Jaan_Tonisson_(Lasteleht), lk 81
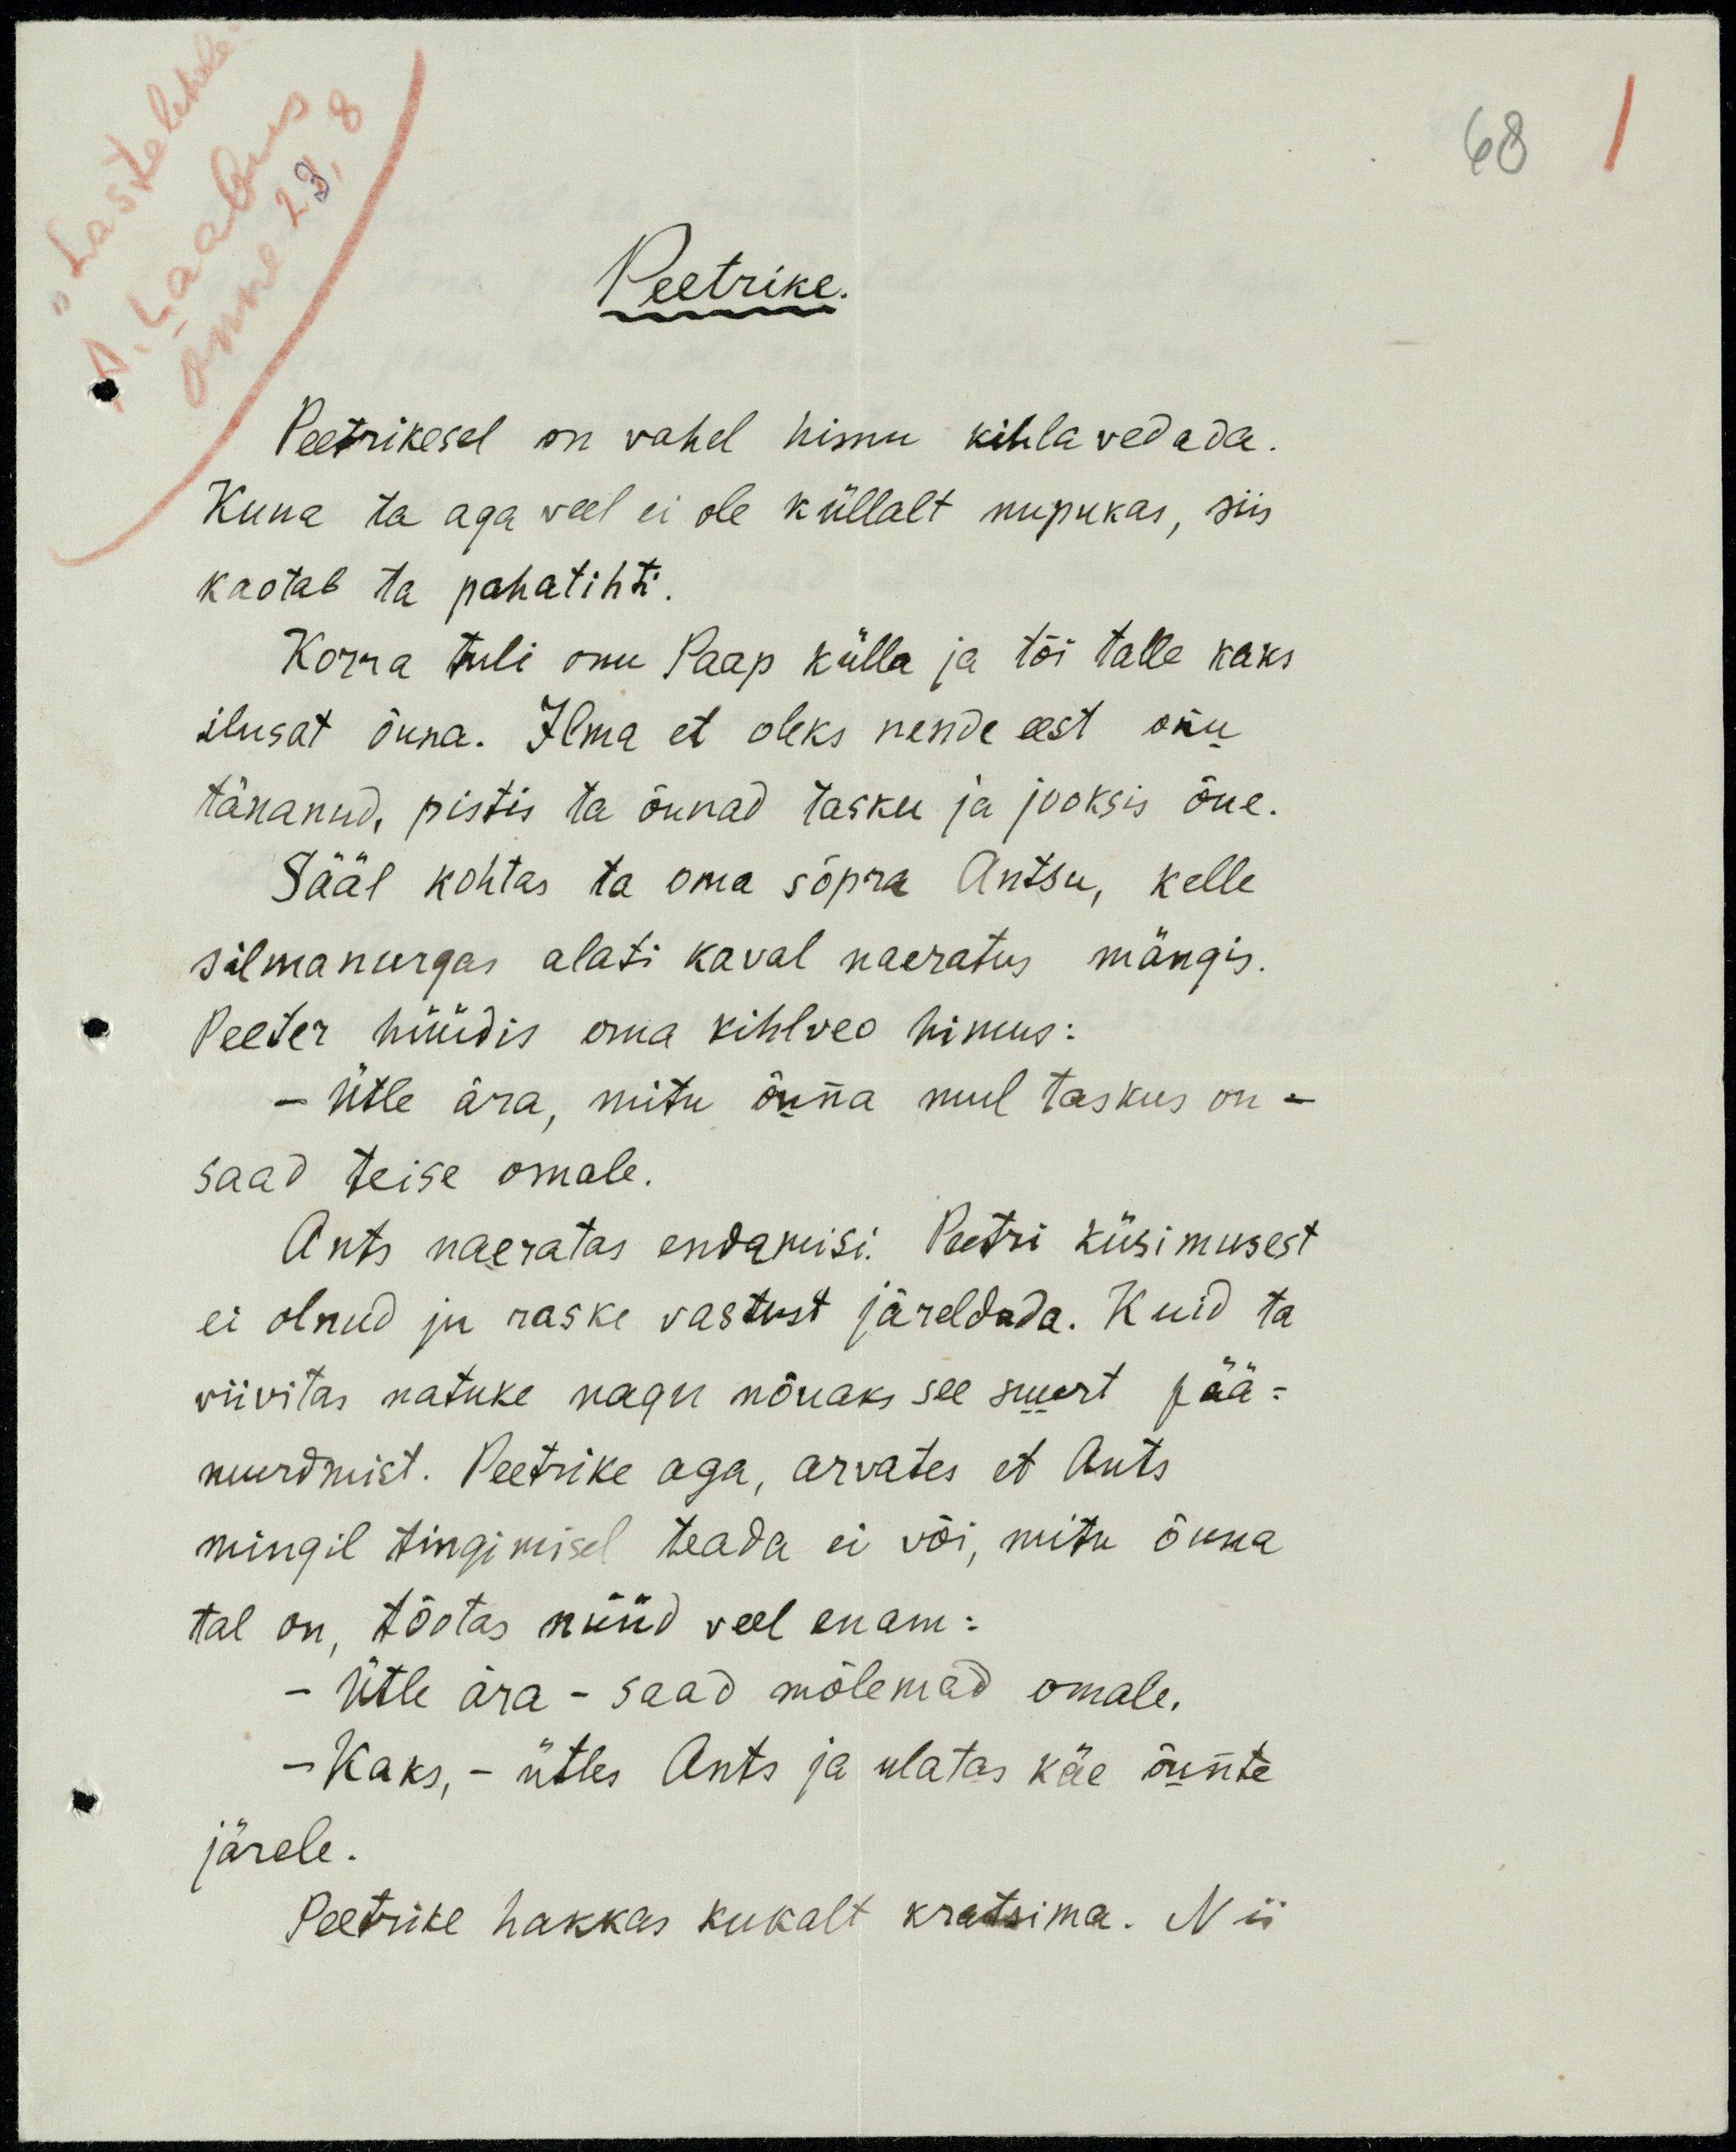
Peetrike.
Peetrikesel on vahel himu kihla vededa.
Kuna ta aga veel ei ole küllalt nupukas, siis
kaotab ta pahatihti.
Korra tuli onu Paap külla ja tõi talle kaks
ilusat õuna. Ilma et oleks nende eest onu
tänanud, pistis ta õunad tasku ja jooksis õue.
Sääl kohtas ta oma sõpra Antsu, kelle
silmarurgas alati kaval naeratus mängis.
Peeter hüüdis oma kihlveo himus:
- Ütle ära, mitu õuna mul taskus on -
saad teise omale.
Ants naeratas endamisi. Peetri küsimusest
ei olnud ju raske vastust järeldada. Kuid ta
viivitas natuke nagu nõuaks see suurt pää:
murdmist. Peetrike aga, arvates et Ants
mingil tingimisel teada ei või, mitu õuna
tal on, tõotas nüüd veel enam:
- Ütle ära - saad mõlemad omale.
- Kaks, - ütles Ants ja ulatas käe õunte
järele.
Peetrike hakkas kukalt kratsima. Nii

68